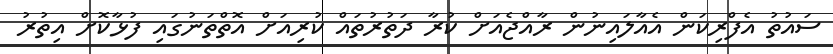
ސައުތު އެފްރިކަން އެއާލައިނުން ރާއްޖެއަށް ކުރާ ދަތުރުތައް ކުރިއަށް އޮތްތަނުގައި ފުޅާކޮށް އިތުރު